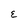
Character: E